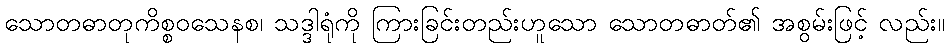
သောတဓာတုကိစ္စဝသေနစ၊ သဒ္ဒါရုံကို ကြားခြင်းတည်းဟူသော သောတဓာတ်၏ အစွမ်းဖြင့် လည်း။